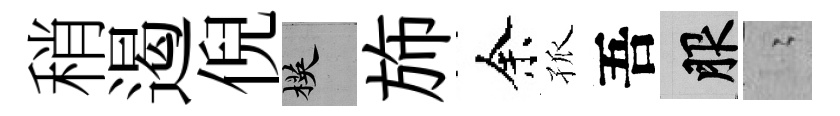
稍遏倪楧斾余孤吾服隐